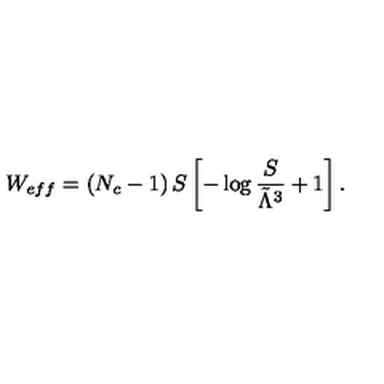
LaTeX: W _ { e f f } = \left( N _ { c } - 1 \right) S \left[ - \log { \frac { S } { \tilde { \Lambda } ^ { 3 } } } + 1 \right] .